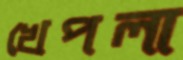
খেপলা